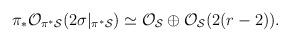
\begin{align*}\pi_*{\cal O}_{\pi^* {\cal S}}(2\sigma|_{\pi^* {\cal S}})\simeq {\cal O}_{{\cal S}} \oplus {\cal O}_{{\cal S}}(2 (r-2)).\end{align*}